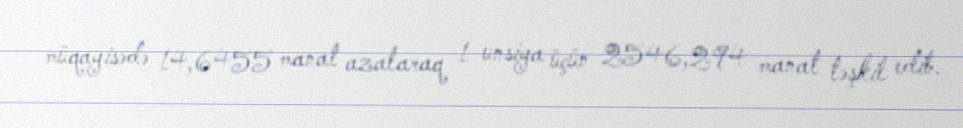
müqayisədə 14,6455 manat azalaraq 1 unsiya üçün 2546,294 manat təşkil edib.